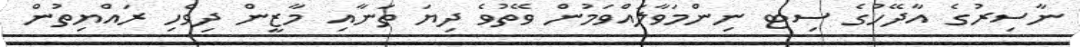
ނާސިރުގެ އާދޭހުގެ ސިޓ ނިންމަވާލައްވަމުން ވޭތުވެ ދިޔަ ތަނާއި މާޒީން ދިވެހި ރައްޔިތުން